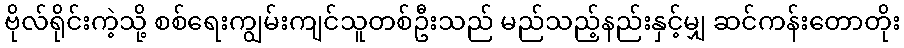
ဗိုလ်ရိုင်းကဲ့သို့ စစ်ရေးကျွမ်းကျင်သူတစ်ဦးသည် မည်သည့်နည်းနှင့်မျှ ဆင်ကန်းတောတိုး